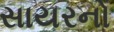
સાયરનો